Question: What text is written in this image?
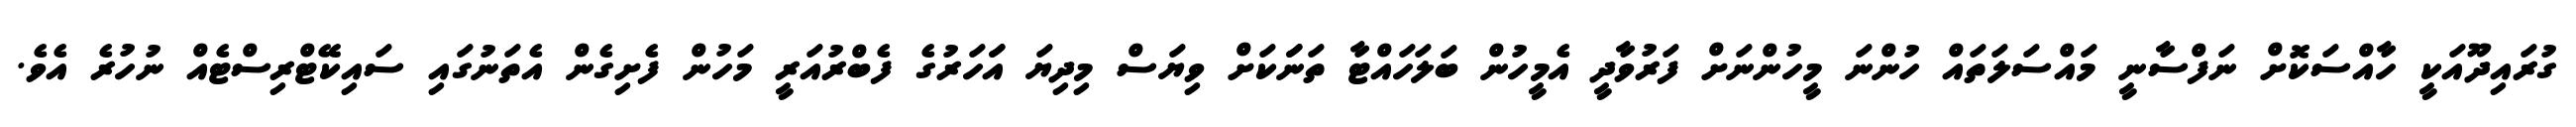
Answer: ގުރައިދޫއަކީ ހާއްސަކޮށް ނަފްސާނީ މައްސަލަތައް ހުންނަ މީހުންނަށް ފަރުވާދީ އެމީހުން ބަލަހައްޓާ ތަނަަކަށް ވިޔަސް މިދިޔަ އަަހަރުގެ ފެބްރުއަރީ މަހުން ފެށިގެން އެތަނުގައި ސައިކޭޓްރިސްޓެއް ނުހުރެ އެވެ.